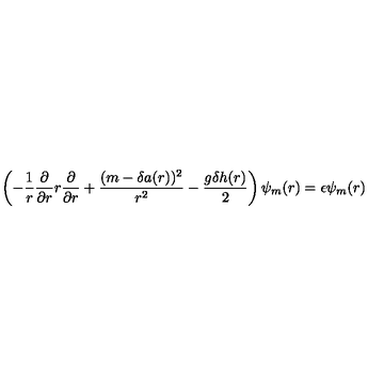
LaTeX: \left( - { \frac { 1 } { r } } { \frac { \partial } { \partial r } } r { \frac { \partial } { \partial r } } + { \frac { ( m - \delta a ( r ) ) ^ { 2 } } { r ^ { 2 } } } - { \frac { g \delta h ( r ) } { 2 } } \right) \psi _ { m } ( r ) = \epsilon \psi _ { m } ( r )